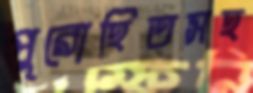
পুরোহিতসহ